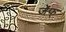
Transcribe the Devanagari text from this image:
जेफ्